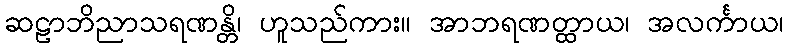
ဆဠာဘိညာသရဏန္တိ၊ ဟူသည်ကား။ အာဘရဏတ္ထာယ၊ အလင်္ကာယ၊